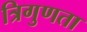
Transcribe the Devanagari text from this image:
त्रिगुणता